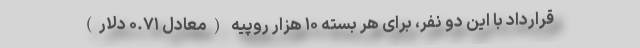
قرارداد با این دو نفر، برای هر بسته ۱۰ هزار روپیه (معادل ۰.۷۱ دلار)